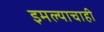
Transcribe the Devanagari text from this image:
इमल्याचाही